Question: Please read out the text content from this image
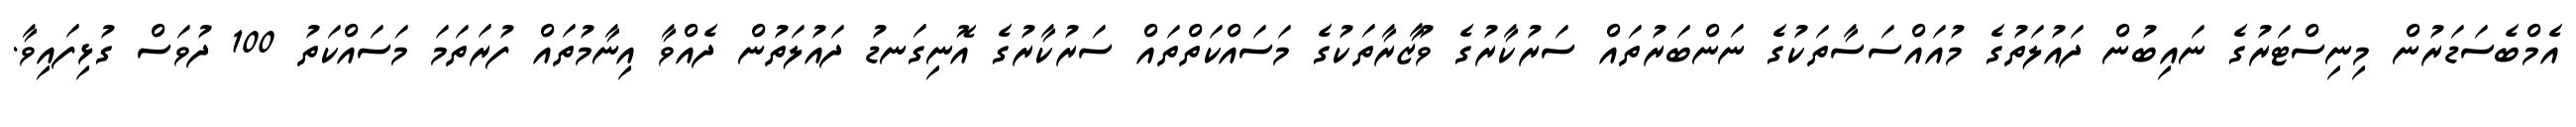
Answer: އެމްބެސަޑަރުން މިނިސްޓަރުގެ ނައިބުން ދައުލަތުގެ މުއައްސަސާތަކުގެ ނަންބަރުތައް ސަރުކާރުގެ ވުޒާރާތަކުގެ މަސައްކަތްތައް ސަރުކާރުގެ އޮނިގަނޑު ދައުލަތުން ދެއްވާ އިނާމުތައް ފުރަތަމަ މަސައްކަތު 100 ދުވަސް ގުޅިފައިވާ.